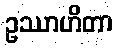
ဥဿာဟိတာ